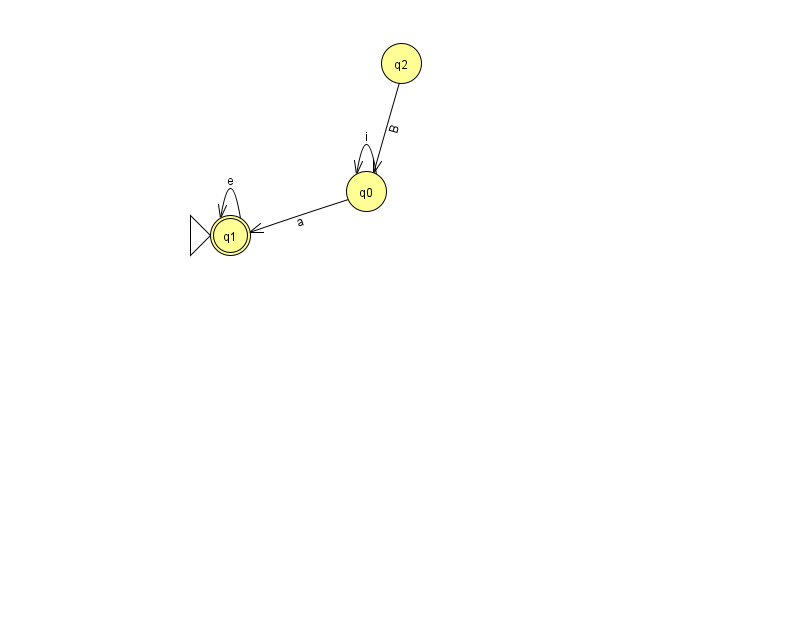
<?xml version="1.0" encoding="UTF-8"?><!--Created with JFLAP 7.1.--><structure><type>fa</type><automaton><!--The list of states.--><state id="0" name="q0"><x>366.0</x><y>178.0</y></state><state id="1" name="q1"><x>230.0</x><y>222.0</y><initial/><final/></state><state id="2" name="q2"><x>401.0</x><y>50.0</y></state><!--The list of transitions.--><transition><from>0</from><to>1</to><read>a</read></transition><transition><from>2</from><to>0</to><read>B</read></transition><transition><from>1</from><to>1</to><read>e</read></transition><transition><from>0</from><to>0</to><read>i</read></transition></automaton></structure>